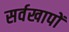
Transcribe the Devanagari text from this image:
सर्वखापों